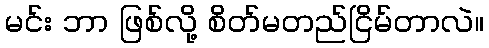
မင်း ဘာ ဖြစ်လို့ စိတ်မတည်ငြိမ်တာလဲ။